Vaccination report Assam 1874-1896 - 1874-1896
Year: 1874
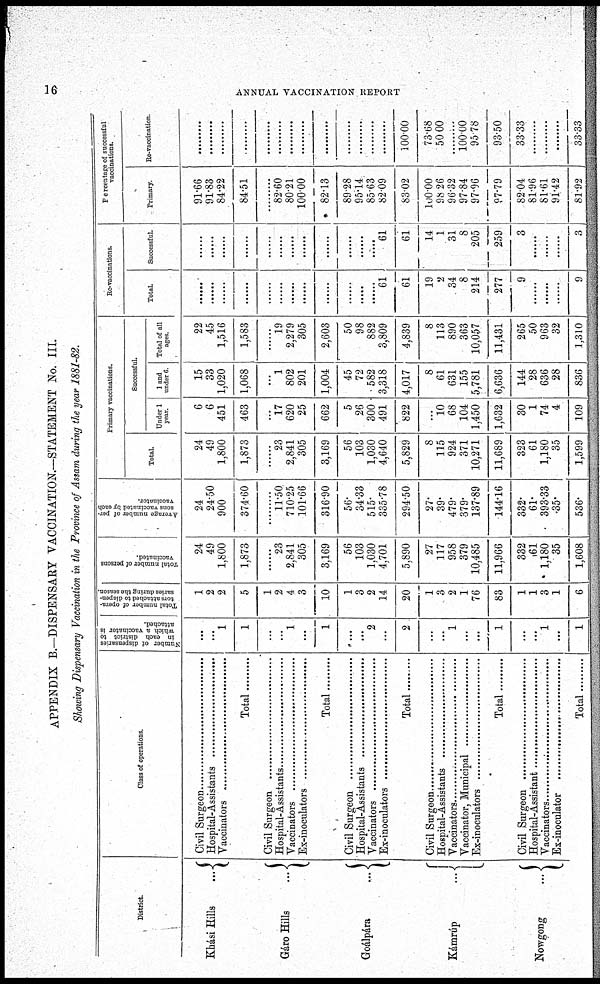
16
ANNUAL VACCINATION REPORT
APPENDIX B.—DISPENSARY VACCINATION.—STATEMENT No. III.
Showing Dispensary Vaccination in the Province of Assam during the year 1881-82.
District.
Khási Hills
...
Gáro Hills
...
Goálpára
...
Kámrúp
...
Nowgong
...
Class of operations.
Civil Surgeon ...............
Hospital -Assistants ............
Vaccinators ..................
Total
Civil Surgeon ...............
Hospital -Assistants ............
Vaccinators ..................
Ex-inoculators .........................
Total
Civil Surgeon ...............
Hospital -Assistants ............
Vaccinators ..................
Ex-inoculators .........................
Total .............
Civil Surgeon ...............
Hospital -Assistants ............
Vaccinators ..................
Vaccinators , Municipal ...............
Ex-inoculators .........................
Total ........................
Civil Surgeon ...............
Hospital -Assistants ............
Vaccinators ..................
Ex-inoculators ........................
Total ........................
Number of dispensaries
in each district to
which a vaccinator is
attached.
...
...
1
1
...
...
1
...
1
...
...
2
...
2
...
...
1
...
...
1
...
...
1
...
1
Total number of opera-
tors attached to dispen-
saries during the season.
1
2
2
5
1
2
4
3
10
1
3
2
14
20
1
3
2
1
76
83
1
1
3
1
6
Total number of persons
vaccinated.
24
49
1,800
1,873
......
23
2,841
305
3,169
56
103
1,030
4,701
5,890
27
117
958
379
10,485
11,966
332
61
1,180
35
1,608
Average number of per-
sons vaccinated by each
vaccinator.
24
24.50
900
374.60
......
11.50
710.25
101.66
316.90
56.
34.33
515.
335.78
294.50
27.
39.
479.
379.
137.89
144.16
332.
61.
393.33
35.
536.
Primary vaccinations.
Total.
24
49
1,800
1,873
......
23
2,841
305
3,169
56
103
1,030
4,640
5,829
8
115
924
371
10,271
11,689
323
61
1,180
35
1,599
Successful.
Under 1
year.
6
6
451
463
......
17
620
25
662
5
26
300
491
822
...
10
68
104
1,450
1,632
30
1
74
4
109
1 and
under 6.
15
33
1,020
1,068
......
1
802
201
1,004
45
72
582
3,318
4,017
8
61
631
155
5,781
6,636
144
28
636
28
836
Total of all
ages.
22
45
1,516
1,583
......
19
2,279
305
2,603
50
98
882
3,809
4,839
8
113
890
363
10,057
11,431
265
50
963
32
1,310
Re-vaccinations.
Total
......
......
......
......
......
......
......
......
......
......
......
......
61
61
19
2
34
8
214
277
9
......
......
......
9
Successful.
......
......
......
......
......
......
......
......
......
......
......
......
61
61
14
1
31
8
205
259
3
......
......
......
3
Percentage of successful
vaccinations.
Primary.
91.66
91.83
84.22
84.51
......
82.60
80.21
100.00
82.13
89.28
95.14
85.63
82.09
83.02
100.00
98.26
96.32
97.84
97.96
97.79
82.04
81.96
81.61
91.42
81.92
Re-vaccination.
.........
.........
.........
.........
.........
.........
.........
.........
.........
.........
.........
.........
......
100.00
73.68
50.00
.........
100.00
95.78
93.50
33.33
.........
......
......
33.33